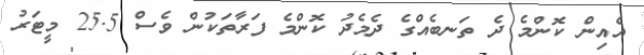
އެއިން ކޮންމެ ދެ ތަނބެއްގެ ދެމެދު ކޮންމެ ފަރާތަކުން ވެސް 25.5 މީޓަރު